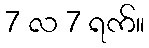
7 လ 7 ရက်။